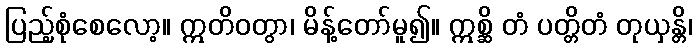
ပြည့်စုံစေလော့။ ဣတိဝတွာ၊ မိန့်တော်မူ၍။ ဣစ္ဆိ တံ ပတ္တိတံ တုယှန္တိ၊